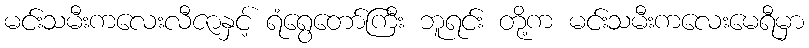
မင်းသမီးကလေးလီဇာနှင့် ရံရွေတော်ကြီး ဘူရင်း တို့က မင်းသမီးကလေးမေရီမှာ